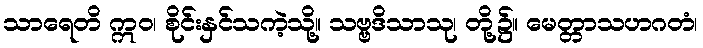
သာရေတိ ဣဝ၊ စိုင်းနှင်သကဲ့သို့။ သဗ္ဗဒိသာသု၊ တို့၌။ မေတ္တာသဟဂတံ၊